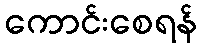
ကောင်းစေရန်